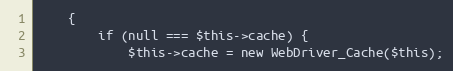
Language: PHP
    {
        if (null === $this->cache) {
            $this->cache = new WebDriver_Cache($this);